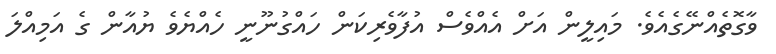
ވާގޮތެއްނޭގެއެވެ. މައިލީން އަށް އެއްވެސް އުފާވެރިކަން ހައްގުނޫނީ ހެއްޔެވެ ޔުއާން ގެ އަމިއްލަ